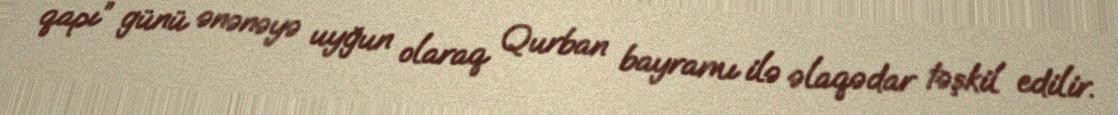
qapı” günü ənənəyə uyğun olaraq Qurban bayramı ilə əlaqədar təşkil edilir.